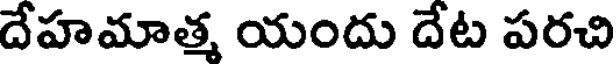
దేహమాత్మ యందు దేట పరచి